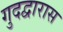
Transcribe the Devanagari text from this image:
गुदद्वारास